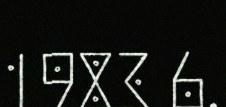
1983 6.